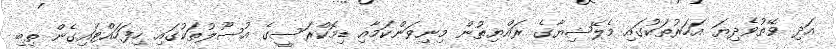
އަދި ވޭތުވެދިޔަ އަހަރުތަކުގައި މެލޭޝިޔާގެ ރައްޔިތުން މިނިވަންކަމާއި ޑިމޮކްރަސީގެ އުސޫލުތަކުގައި ހިފަހައްޓައިގެން ތިބި